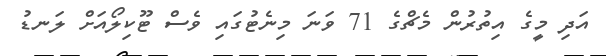
އަދި މީގެ އިތުރުން މެޗްގެ 71 ވަނަ މިނެޓުގައި ވެސް ޓޫކިލޯއަށް ލަނޑު